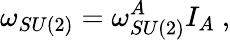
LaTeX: \omega_{SU(2)}=\omega_{SU(2)}^{A}I_{A}\ ,